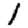
Digit: 1